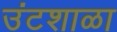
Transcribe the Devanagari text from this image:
उंटशाळा